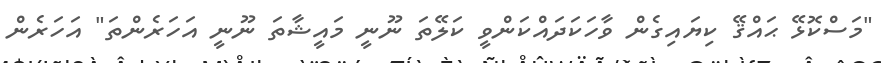
"މަސްކޮޅޭ ޙައްޤޭ ކިޔައިގެން ވާހަކަދައްކަންވީ ކަލޭތަ ނޫނީ މައީޝާތަ ނޫނީ އަހަރެންތަ" އަހަރެން